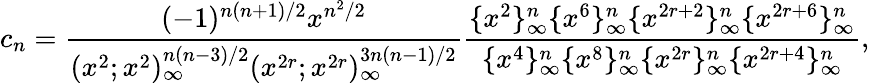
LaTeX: c_{n}=\frac{(-1)^{n(n+1)/2}x^{n^{2}/2}}{(x^{2};x^{2})_{\infty}^{n(n-3)/2}(x^{2r};x^{2r})_{\infty}^{3n(n-1)/2}}\frac{\{ x^{2}\} _{\infty}^{n}\{ x^{6}\} _{\infty}^{n}\{ x^{2r+2}\} _{\infty}^{n}\{ x^{2r+6}\} _{\infty}^{n}}{\{ x^{4}\} _{\infty}^{n}\{ x^{8}\} _{\infty}^{n}\{ x^{2r}\} _{\infty}^{n}\{ x^{2r+4}\} _{\infty}^{n}},